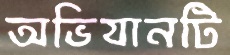
অভিযানটি